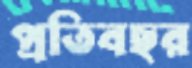
প্রতিবছর